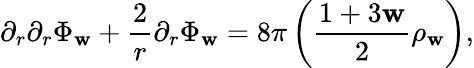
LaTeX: \partial_{r}\partial_{r}\Phi_{\mathbf{w}}+\frac{{2}}{{r}}\partial_{r}\Phi_{\mathbf{w}}=8\pi\left(\frac{{1+3\mathbf{w}}}{{2}}\rho_{\mathbf{w}}\right),